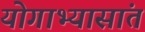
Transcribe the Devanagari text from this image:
योगाभ्यासांत